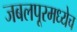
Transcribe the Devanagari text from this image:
जबलपूरमध्येच